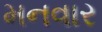
મનવાર